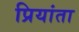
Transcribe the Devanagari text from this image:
प्रियांता